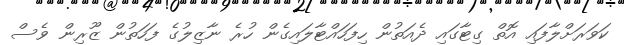
ކަވަރަށްލާފައި އޮތް ގިޓާގައި ދެއަތުން ހިފަހައްޓާލައިގެން ހުރެ ނާޒިލުގެ ފަހަތުން ޒޫރިން ވެސް